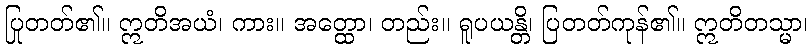
ပြုတတ်၏။ ဣတိအယံ၊ ကား။ အတ္ထော၊ တည်း။ ရူပယန္တိ၊ ပြတတ်ကုန်၏။ ဣတိတသ္မာ၊